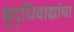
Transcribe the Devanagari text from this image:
बुद्धिवाद्यांचा